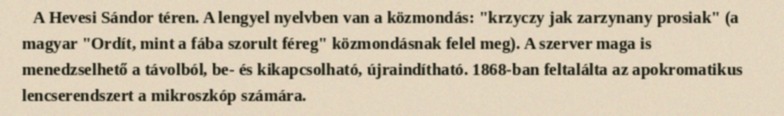
A Hevesi Sándor téren. A lengyel nyelvben van a közmondás: "krzyczy jak zarzynany prosiak" (a magyar "Ordít, mint a fába szorult féreg" közmondásnak felel meg). A szerver maga is menedzselhető a távolból, be- és kikapcsolható, újraindítható. 1868-ban feltalálta az apokromatikus lencserendszert a mikroszkóp számára.